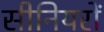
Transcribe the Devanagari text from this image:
सीनियरों